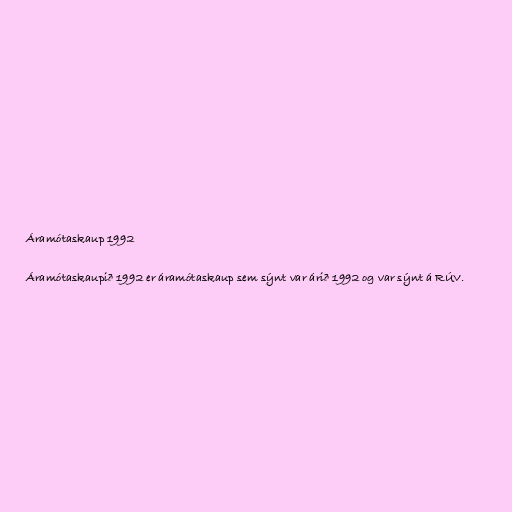
Áramótaskaup 1992

Áramótaskaupið 1992 er áramótaskaup sem sýnt var árið 1992 og var sýnt á RÚV.